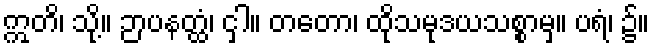
ဣတိ၊ သို့။ ဉာပနတ္ထံ၊ ငှါ။ တတော၊ ထိုသမုဒယသစ္စာမှ။ ပရံ၊ ၌။